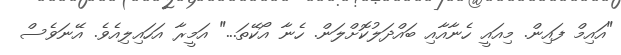
"އައިމް ފައިން. މިއައީ ހެނާއާއި ބައްދަލުކޮށްލަން. ހެނާ އޯކޭތަ..." އަމީރާ އަހައިލިއެވެ. އޭނަވެސް